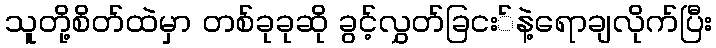
သူတို့စိတ်ထဲမှာ တစ်ခုခုဆို ခွင့်လွှတ်ခြငး်နဲ့ရောချလိုက်ပြီး